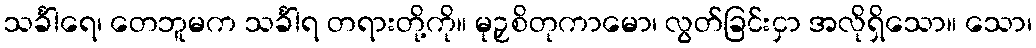
သင်္ခါရေ၊ တေဘူမက သင်္ခါရ တရားတို့ကို။ မုဉှစိတုကာမော၊ လွတ်ခြင်းငှာ အလိုရှိသော။ သော၊